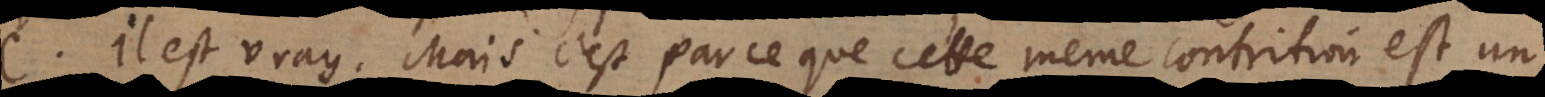
C. Il est vray. Mais c’est parce que cette même contrition est un